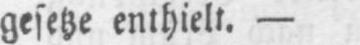
gesetze enthielt. -